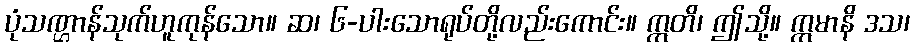
ပုံသဏ္ဌာန်သုက်ဟူကုန်သော။ ဆ၊ ၆-ပါးသောရုပ်တို့လည်းကောင်း။ ဣတိ၊ ဤသို့။ ဣမာနိ ဒသ၊